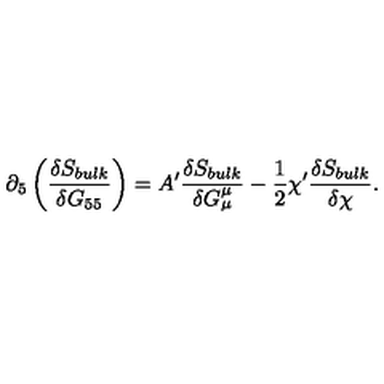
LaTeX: \partial _ { 5 } \left( \frac { \delta S _ { b u l k } } { \delta G _ { 5 5 } } \right) = A ^ { \prime } \frac { \delta S _ { b u l k } } { \delta G _ { \mu } ^ { \mu } } - \frac { 1 } { 2 } \chi ^ { \prime } \frac { \delta S _ { b u l k } } { \delta \chi } .